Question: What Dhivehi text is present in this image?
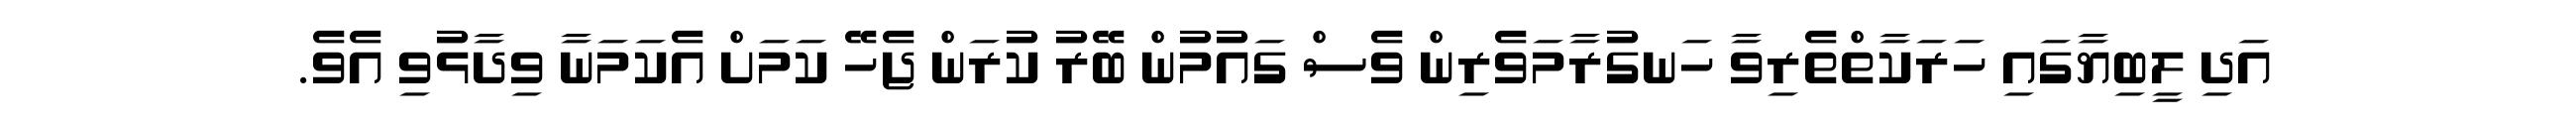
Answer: އަދި ލީބިޔާގައި ހަރަކާތްތެރިވާ ހަނގުރާމަވެރިން ވެސް ގައުމުން ބޭރު ކުރަން ޖެހޭ ކަމަށް އެކަމަނާ ވިދާޅުވި އެވެ.